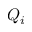
Q _ { i }